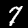
Digit: 7